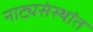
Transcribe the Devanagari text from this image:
नाट्यसंस्थांत